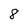
Character: 8